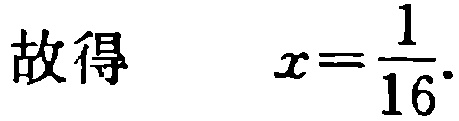
故得 \(x=\frac{1}{16}\)